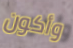
وأكون